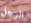
الرجل